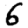
Digit: 6